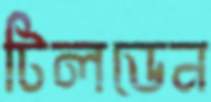
টিলডেন